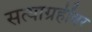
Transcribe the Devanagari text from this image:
सत्याग्रहींवर